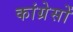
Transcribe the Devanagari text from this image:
कांग्रेसों